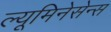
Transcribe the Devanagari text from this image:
ल्यूमिनेसेन्स